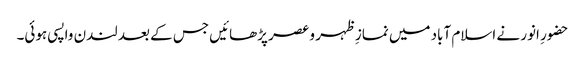
حضورِ انور نے اسلام آباد میں نمازِ ظہر و عصر پڑھائیں جس کے بعد لندن واپسی ہوئی۔